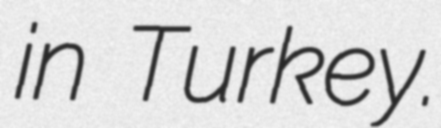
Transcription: in Turkey.